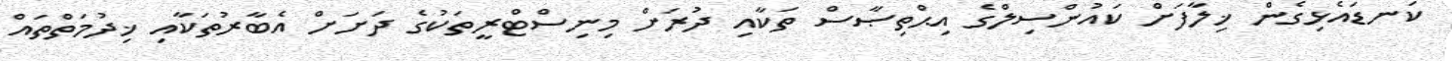
ކަނޑައެޅިގެން ޚިލާފަށް ކައުންސިލްގެ އިޙްތިޞާސް ތަކާއި ދުރަށް މިނިސްޓްރީތަކުގެ ދަށަށް އެބާރުތަކާއި ޚިދުމަތްތައް